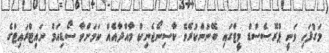
މަގުފަހި ވަނީ ޕްރޮސެސްޑް މީޓްގައި ބޭނުންކުރެވޭ ކާސިނޯޖެނިކް މާއްދާއެއް ކަމަށްވާ ސޯޑިއަމް ނައިޓްރައިޓްގެ